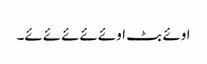
اوئے بٹ اوئےئےئےئےئے۔